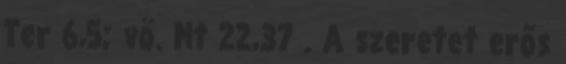
Ter 6,5; vö. Mt 22,37 . A szeretet erős